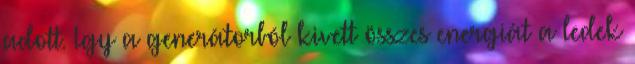
adott. Igy a generátorból kivett összes energiát a ledek